Scottish Leaving Certificate Examination, 1961
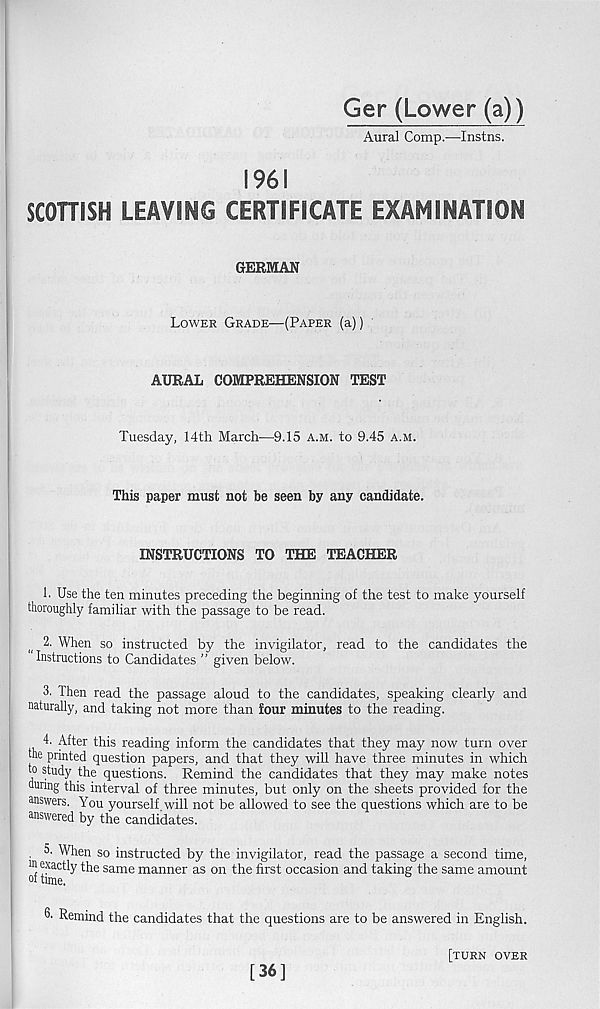
Ger (Lower (a))
Aural Comp.'—-Instns.
1961
SCOHISH LEAVING CERTIFICATE EXAMINATION
GERMAN
Lower Grade—(Paper (a))
AURAL COMPREHENSION TEST
Tuesday, 14th March—O.IS a.m. to 9.45 a.m.
This paper must not be seen by any candidate.
INSTRUCTIONS TO THE TEACHER
1. Use the ten minutes preceding the beginning of the test to make yourself
thoroughly familiar with the passage to be read.
2. When so instructed by the invigilator, read to the candidates the
Instructions to Candidates ” given below.
3. Then read the passage aloud to the candidates, speaking clearly and
naturally, and taking not more than four minutes to the reading.
4. After this reading inform the candidates that they may now turn over
the printed question papers, and that they will have three minutes in which
to study the questions. Remind the candidates that they may make notes
during this interval of three minutes, but only on the sheets provided for the
answers. You yourself.will not be allowed to see the questions which are to be
answered by the candidates.
, 5. When so instructed by the invigilator, read the passage a second time,
in e^a ctly the same manner as on the first occasion and taking the same amount
of time.
fh Remind the candidates that the questions are to be answered in English.
[36]
[turn over